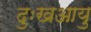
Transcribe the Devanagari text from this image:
दुःखआयु